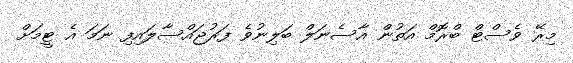
މިރޭ ވެސްޓް ބްރޮމް އަތުން އާސެނަލް ބަލިނުވެ ފަރުޖައްސާލައިފި ނަމަ އެ ޓީމަށް